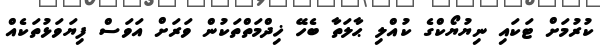
ކުރުމަށް ޓަކައި ނިޔުޔޯކްގެ ކުއްލި ޙާލަތާ ބެހޭ ޚިދްމަތްތަކުން ވަރަށް އަވަސް ފިޔަވަޅުތަކެއް